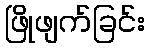
ဖြိုဖျက်ခြင်း